Vaccine operations Central Provinces & Berar 1922-1929 - 1922-1929
Year: 1922
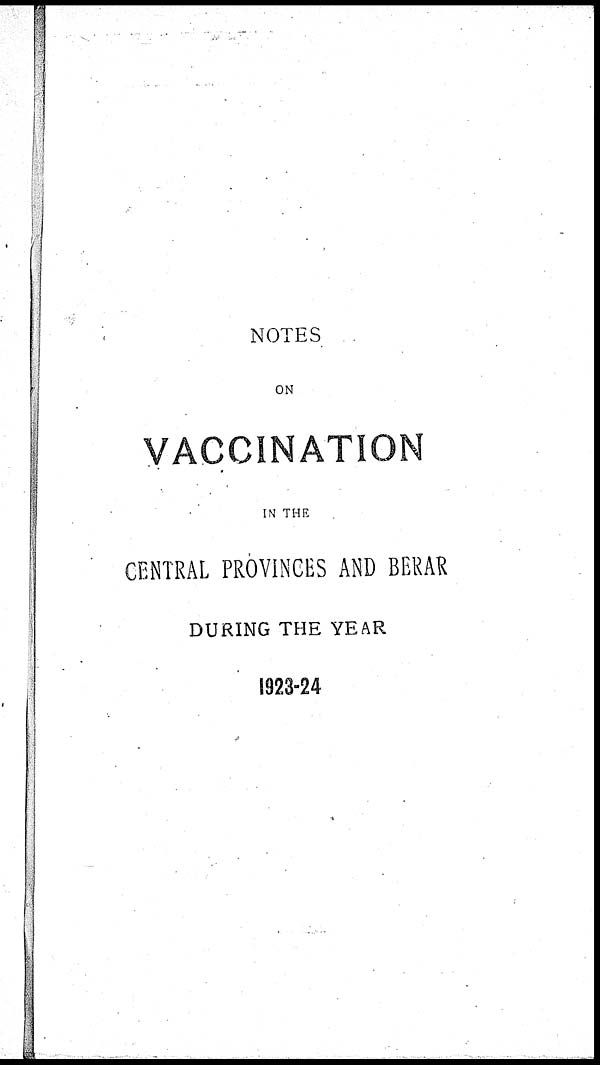
NOTES
ON
VACCINATION
IN THE
CENTRAL PROVINCES AND BERAR
DURING THE YEAR
1923-24